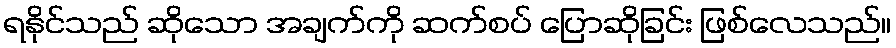
ရနိုင်သည် ဆိုသော အချက်ကို ဆက်စပ် ပြောဆိုခြင်း ဖြစ်လေသည်။